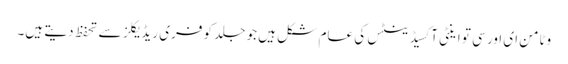
وٹامن ای اور سی تو اینٹی آکسیڈینٹس کی عام شکل ہیں جو جلد کو فری ریڈ یکلز سے تحفظ دیتے ہیں۔